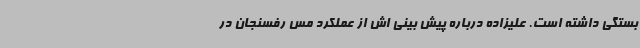
بستگی داشته است. علیزاده درباره پیش بینی اش از عملکرد مس رفسنجان در